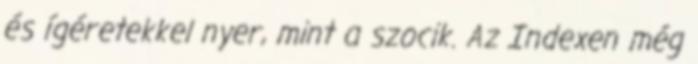
és ígéretekkel nyer, mint a szocik. Az Indexen még